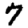
Digit: 7